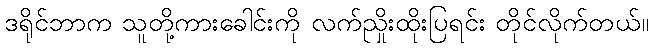
ဒရိုင်ဘာက သူတို့ကားခေါင်းကို လက်ညှိုးထိုးပြရင်း တိုင်လိုက်တယ်။